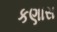
કણાસ